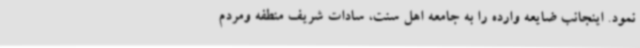
نمود. اینجانب ضایعه وارده را به جامعه اهل سنت، سادات شریف منطفه ومردم